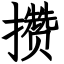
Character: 攒